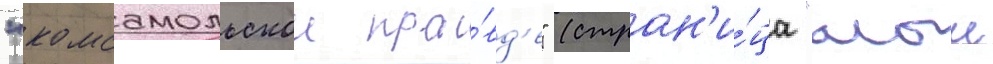
"комсомольскои пра́вд'е" (стран'и́ца "алыи